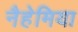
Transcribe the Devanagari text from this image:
नैहेमिया